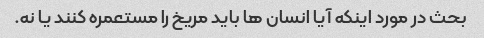
بحث در مورد اینکه آیا انسان ها باید مریخ را مستعمره کنند یا نه.